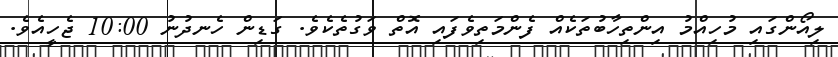
ލިއޯންގައި މުހިއްމު އިންތިހާބުތަކެއް ފެންމަތިވެފައި އޮތް ވަގުތެކެވެ. ގަޑިން ހެނދުނު 10:00 ޖެހީއެވެ.